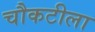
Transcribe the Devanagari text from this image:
चौकटीला